Report on lock hospitals in British Burma
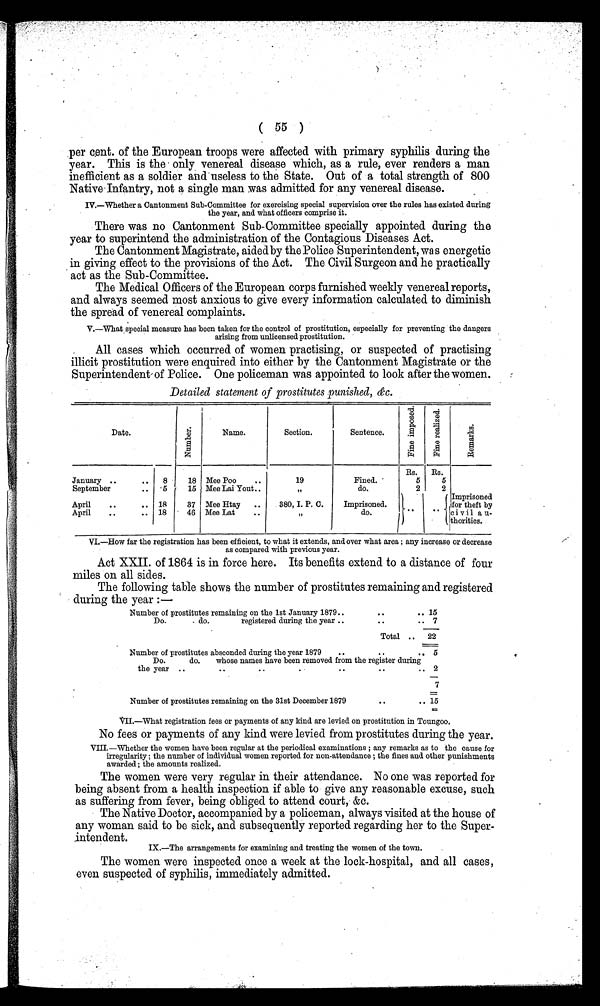
( 55 )
per cent. of the European troops were affected with primary syphilis during the
year. This is the only venereal disease which, as a rule, ever renders a man
inefficient as a soldier and useless to the State. Out of a total strength of 800
Native Infantry, not a single man was admitted for any venereal disease.
IV.—Whether a Cantonment Sub-Committee for exercising special supervision over the rules has existed during
the year, and what officers comprise it.
There was no Cantonment Sub-Committee specially appointed during the
year to superintend the administration of the Contagious Diseases Act.
The Cantonment Magistrate, aided by the Police Superintendent, was energetic
in giving effect to the provisions of the Act. The Civil Surgeon and he practically
act as the Sub-Committee.
The Medical Officers of the European corps furnished weekly venereal reports,
and always seemed most anxious to give every information calculated to diminish
the spread of venereal complaints.
V.—What special measure has been taken for the control of prostitution, especially for preventing the dangers
arising from unlicensed prostitution.
All cases which occurred of women practising, or suspected of practising
illicit prostitution were enquired into either by the Cantonment Magistrate or the
Superintendent of Police. One policeman was appointed to look after the women.
Detailed statement of prostitutes punished, &c.
Date.
N u m b e r .
Name.
Section.
Sentence.
F i n e i m p o s e d .
F i n e r e a l i z e d .
R e m a r k s .
Rs.
Rs.
Imprisoned
for theft by
civil au-
thorities.
January ..
. . . .
8
18 Mee Poo
...
19
Fined.
5
5
September
..
5
15 Mee Lai Yout..
"
do.
2
2
April
..
.. 18
37 Mee Htay
..
380, I. P. C.
Imprisoned
. .
. .
April
.. ..
. . . . 18
46 Mee Lat
..
"
d o .
. . . . . .
VI.—How far the registration has been efficient, to what it extends, and over what area ; any increase or decrease
as compared with previous year.
Act XXII. of 1864 is in force here. Its benefits extend to a distance of four
miles on all sides.
The following table shows the number of prostitutes remaining and registered
during the year:_
Number of prostitutes remaining on the 1st January 1879..
..
.. 15
Do.
do.
registered during the year ..
..
..
7
Total .. 22
Number of prostitutes absconded during the year 1879 .. .. . . . . 5
Do.
do.
whose names have been removed from the register during
the year ..
• •
..
. .
. .
. . 2
Number of prostitutes remaining on the 31st December 1879
..
..
7
15
VII.—What registration fees or payments of any kind are levied on prostitution in Toungoo.
No fees or payments of any kind were levied from prostitutes during the year.
VIII.—Whether the women have been regular at the periodical examinations ; any remarks as to the cause for
irregularity ; the number of individual women reported for non-attendance ; the fines and other punishments
awarded ; the amounts realized.
The women were very regular in their attendance. No one was reported for
being absent from a health inspection if able to give any reasonable excuse, such
as suffering from fever, being obliged to attend court, &c.
The Native Doctor, accompanied by a policeman, always visited at the house of
any woman said to be sick, and subsequently reported regarding her to the Super-
intendent.
IX.—The arrangements for examining and treating the women of the town.
The women were inspected once a week at the lock-hospital, and all cases,
even suspected of syphilis, immediately admitted.